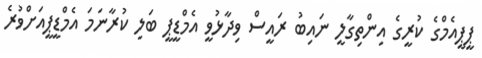
ޕީޕީއެމްގެ ކުރީގެ އިންތިގާލީ ނައިބު ރައީސް ވިދާޅުވީ އެމްޑީޕީ ބަލި ކުރާނަމަ އެމްޑީޕީއަށްވުރެ